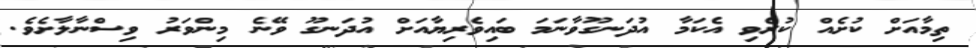
ތިމާއަށް ކުށެއް ކުރެވި އެކަމާ އުދަނގޫވާނަމަ ބައިވެރިޔާއަށް އުދަނގޫ ވޭނެ މިންވަރު ވިސްނާލާށެވެ.